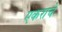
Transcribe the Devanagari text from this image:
एकराचे